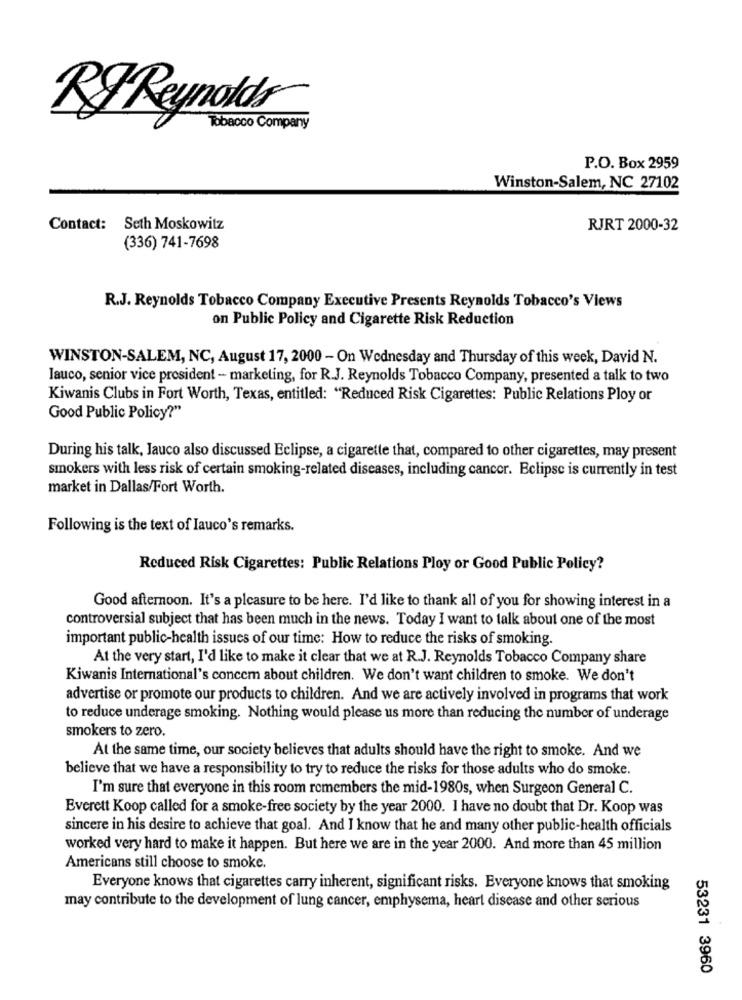
RFReynolds
Tobacco Company
P.O. Box 2959
Winston-Salem, NC 27102
Contact: Seth Moskowitz
RJRT 2000-32
(336) 741-7698
R.J. Reynolds Tobacco Company Executive Presents Reynolds Tobacco's Views
on Public Policy and Cigarette Risk Reduction
WINSTON-SALEM, NC, August 17, 2000 - On Wednesday and Thursday of this week, David N.
lauco, senior vice president - marketing, for R.J. Reynolds Tobacco Company, presented a talk to two
Kiwanis Clubs in Fort Worth, Texas, entitled: "Reduced Risk Cigarettes: Public Relations Ploy or
Good Public Policy?"
During his talk, Jauco also discussed Eclipse, a cigarette that, compared to other cigarettes, may present
smokers with less risk of certain smoking-related diseases, including cancer. Eclipse is currently in test
market in Dallas/Fort Worth.
Following is the text of Iauco's remarks.
Reduced Risk Cigarettes: Public Relations Ploy or Good Public Policy?
Good afternoon. It's a pleasure to be here. I'd like to thank all of you for showing interest in a
controversial subject that has been much in the news. Today I want to talk about one of the most
important public-health issues of our time: How to reduce the risks of smoking.
At the very start, I'd like to make it clear that we at R.J. Reynolds Tobacco Company share
Kiwanis International's conccm about children. We don't want children to smoke. We don't
advertise or promote our products to children. And we are actively involved in programs that work
to reduce underage smoking. Nothing would please us more than reducing the number of underage
smokers to zero.
At the same time, our society believes that adults should have the right to smoke. And we
believe that we have a responsibility to try to reduce the risks for those adults who do smoke.
I'm sure that everyone in this room remembers the mid-1980s, when Surgeon General C.
Everett Koop called for a smoke-free society by the year 2000. I have no doubt that Dr. Koop was
sincere in his desire to achieve that goal. And I know that he and many other public-health officials
worked very hard to make it happen. But here we are in the year 2000. And more than 45 million
Americans still choose to smoke.
Everyone knows that cigarettes carry inherent, significant risks. Everyone knows that smoking
may contribute to the development of lung cancer, emphysema, heart disease and other serious
53231 3960